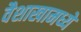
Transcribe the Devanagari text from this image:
वैशाखामध्ये